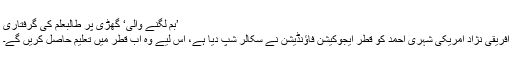
’بم لگنے والی‘ گھڑی پر طالبعلم کی گرفتاری
افریقی نژاد امریکی شہری احمد کو قطر ایجوکیشن فاؤنڈیشن نے سکالر شپ دیا ہے، اس لیے وہ اب قطر میں تعلیم حاصل کریں گے۔